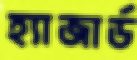
হ্যাজার্ড